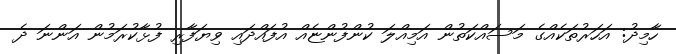
ހާމިދު: އަހަރުތަކެއްގެ މަސައްކަތުން އަމިއްލަ ކުންފުންޏެއް އުފައްދައި ވިޔަފާރި ފުޅާކުރަމުން އަންނަ ދެ